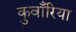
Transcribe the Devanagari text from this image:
कुवाँरिया